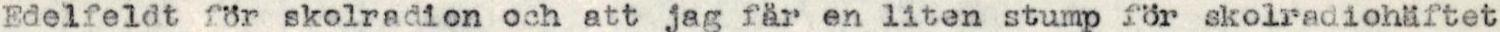
Edelfeldt för skolradion och att jag fär en liten stump för skolradiohäftet